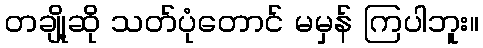
တချို့ဆို သတ်ပုံတောင် မမှန် ကြပါဘူး။